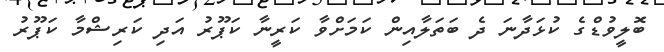
ބޮލީވުޑްގެ ކުޅަދާނަ ދެ ބަތަލާއިން ކަމަށްވާ ކަރީނާ ކަޕޫރު އަދި ކަރިޝްމާ ކަޕޫރު